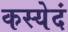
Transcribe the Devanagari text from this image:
कस्येदं